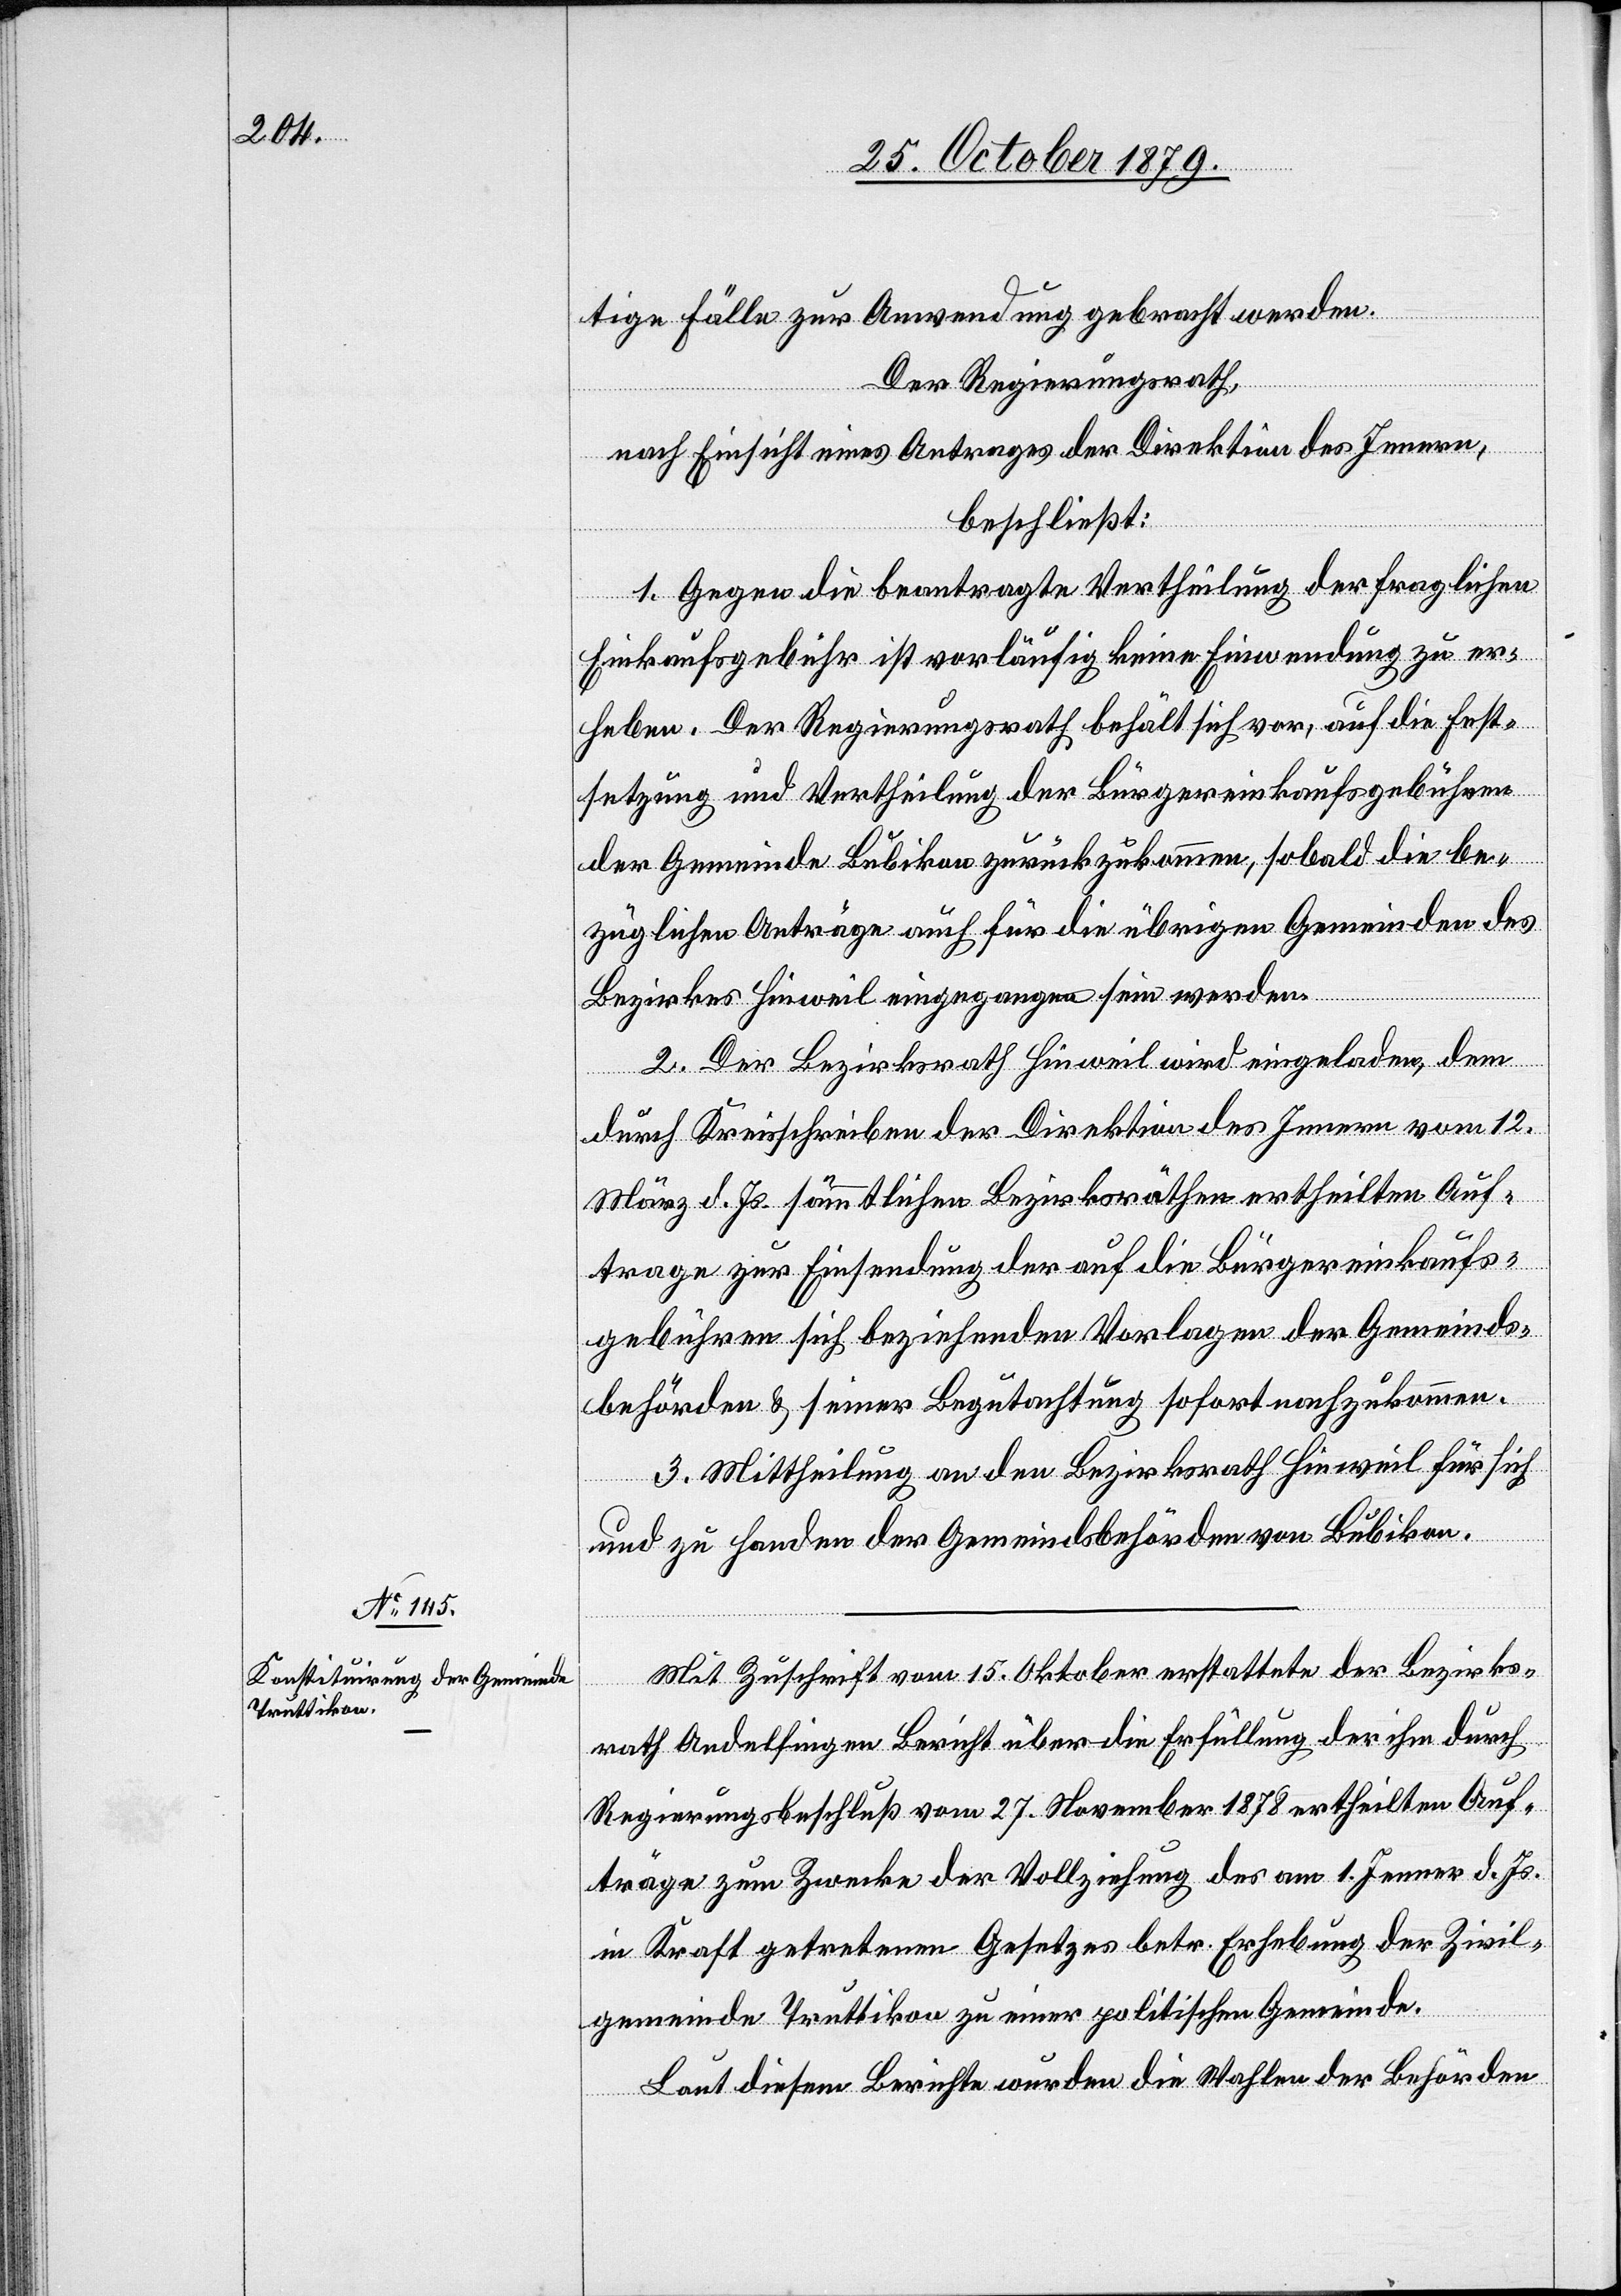
tige Fälle zur Anwendung gebracht werden.
Der Regierungsrath,
nach Einsicht eines Antrages der Direktion des Innern,
beschließt:
1. Gegen die beantragte Vertheilung der fraglichen
Einkaufsgebühr ist vorläufig keine Einwendung zu er¬
heben. Der Regierungsrath behält sich vor, auf die Fest¬
setzung und Vertiefung der Bürgereinkaufsgebühren
der Gemeinde Bubikon zurückzukommen, sobald die be¬
züglichen Anträge auch für die übrigen Gemeinden des
Bezirkes Hinwil eingegangen sein werden.
2. Der Bezirksrath Hinwil wird eingeladen, dem
durch Kreisschreiben der Direktion des Innern vom 12.
März d. Js. sämmtlichen Bezirksräthen ertheilten Auf¬
trage zur Einsendung der auf die Bürgereinkaufs¬
gebühren sich beziehenden Vorlagen der Gemeinds¬
behörden & seiner Begutachtung sofort nachzukommen.
3. Mittheilung an den Bezirksrath Hinwil für sich
und zu Handen der Gemeindsbehörden von Bubikon.
Mit Zuschrift vom 15. Oktober erstattet der Bezirks¬
rath Andelfingen Bericht über die Erfüllung der ihm durch
Regierungsbeschluß vom 27. November 1878 ertheilten Auf¬
träge zum Zwecke der Vollziehung des am 1. Jenner d. Js.
in Kraft getretenen Gesetzes betr. Erhebung der Zivil¬
gemeinde Truttikon zu einer politischen Gemeinde.
Laut diesem Berichte wurden die Wahlen der Behörden